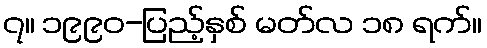
၇။ ၁၉၉၀-ပြည့်နှစ် မတ်လ ၁၈ ရက်။